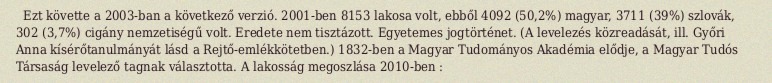
Ezt követte a 2003-ban a következő verzió. 2001-ben 8153 lakosa volt, ebből 4092 (50,2%) magyar, 3711 (39%) szlovák, 302 (3,7%) cigány nemzetiségű volt. Eredete nem tisztázott. Egyetemes jogtörténet. (A levelezés közreadását, ill. Győri Anna kísérőtanulmányát lásd a Rejtő-emlékkötetben.) 1832-ben a Magyar Tudományos Akadémia elődje, a Magyar Tudós Társaság levelező tagnak választotta. A lakosság megoszlása 2010-ben :